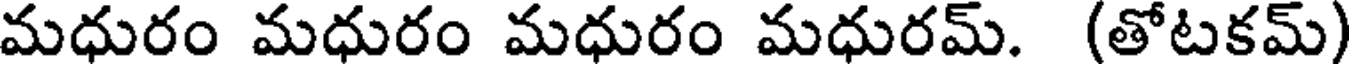
మధురం మధురం మధురం మధురమ్. (తోటకమ్)